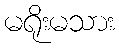
မရိုးမသား